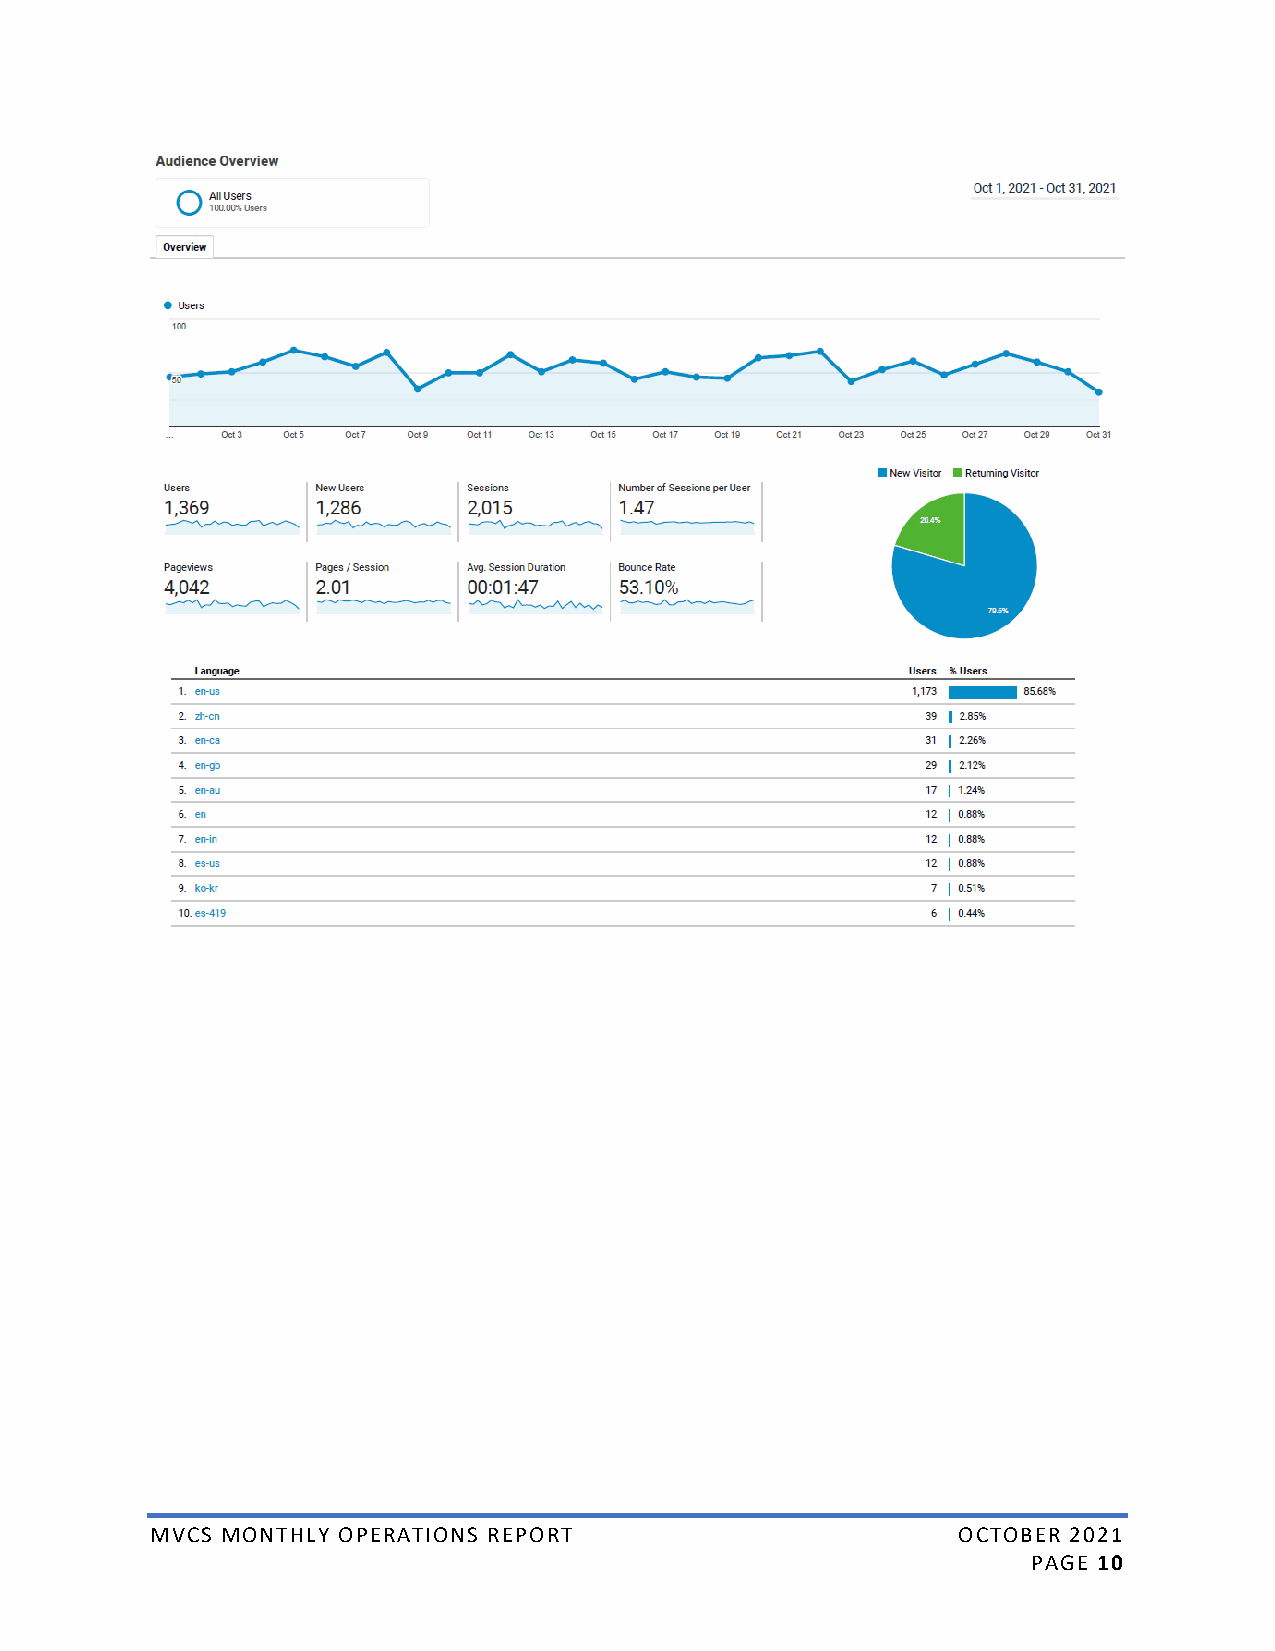
MVCS MONTHLY OPERATIONS REPORT                       OCTOBER 2021
 PAGE 10